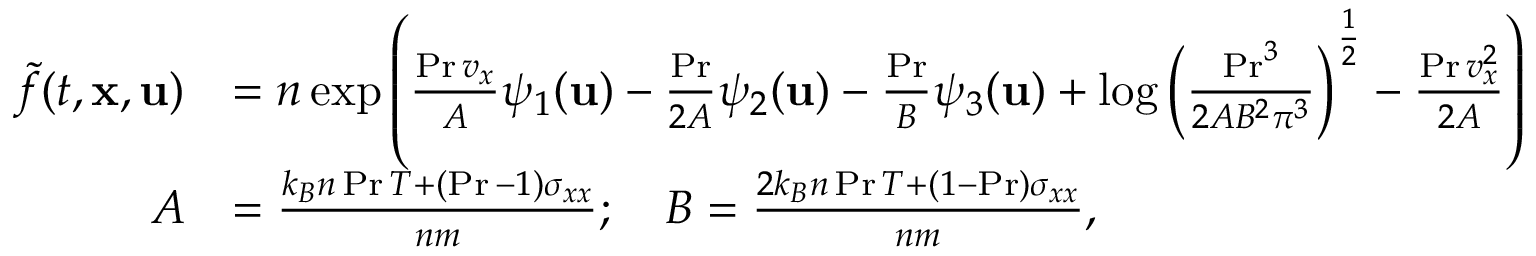
\begin{array} { r l } { \Tilde { f } ( t , \mathbf { x } , \mathbf { u } ) } & { = n \exp \left( \frac { \operatorname* { P r } v _ { x } } { A } \psi _ { 1 } ( \mathbf { u } ) - \frac { \operatorname* { P r } } { 2 A } \psi _ { 2 } ( \mathbf { u } ) - \frac { \operatorname* { P r } } { B } \psi _ { 3 } ( \mathbf { u } ) + \log \left( \frac { \operatorname* { P r } ^ { 3 } } { 2 A B ^ { 2 } \pi ^ { 3 } } \right) ^ { \frac { 1 } { 2 } } - \frac { \operatorname* { P r } v _ { x } ^ { 2 } } { 2 A } \right) } \\ { A } & { = \frac { k _ { B } n \operatorname* { P r } T + ( \operatorname* { P r } - 1 ) \sigma _ { x x } } { n m } ; \quad B = \frac { 2 k _ { B } n \operatorname* { P r } T + ( 1 - \operatorname* { P r } ) \sigma _ { x x } } { n m } , } \end{array}